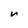
Character: n